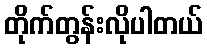
တိုက်တွန်းလိုပါတယ်